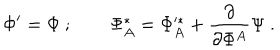
\Phi ^ { \prime } = \Phi \ ; \qquad \Phi _ { A } ^ { * } = \Phi _ { A } ^ { * } + \frac { \partial } { \partial \Phi ^ { A } } \Psi \ .